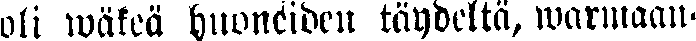
oli wäkeä huoneiden täydeltä, warmaan-